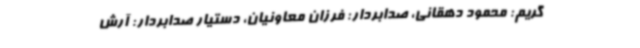
گریم: محمود دهقانی، صدابردار: فرزان معاونیان، دستیار صدابردار: آرش